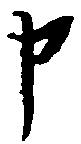
申